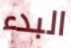
البدء